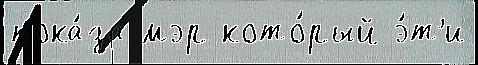
пока́за мэр кото́рый э́т'и